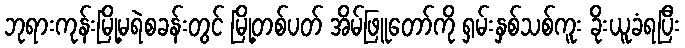
ဘုရားကုန်းမြို့မရဲစခန်းတွင် မြို့တစ်ပတ် အိမ်ဖြူတော်ကို ရှမ်းနှစ်သစ်ကူး ခိုးယူခံရပြီး